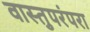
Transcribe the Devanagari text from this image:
वास्तुपरंपरा